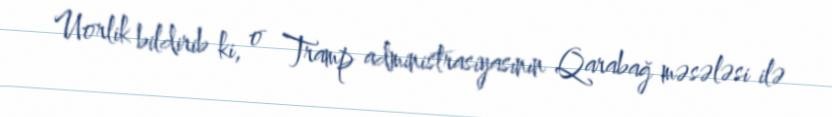
Uorlik bildirib ki, o Tramp administrasiyasının Qarabağ məsələsi ilə